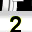
Digit: 2